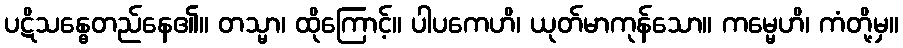
ပဋိသန္ဓေတည်နေ၏။ တသ္မာ၊ ထိုကြောင့်။ ပါပကေဟိ၊ ယုတ်မာကုန်သော။ ကမ္မေဟိ၊ ကံတို့မှ။